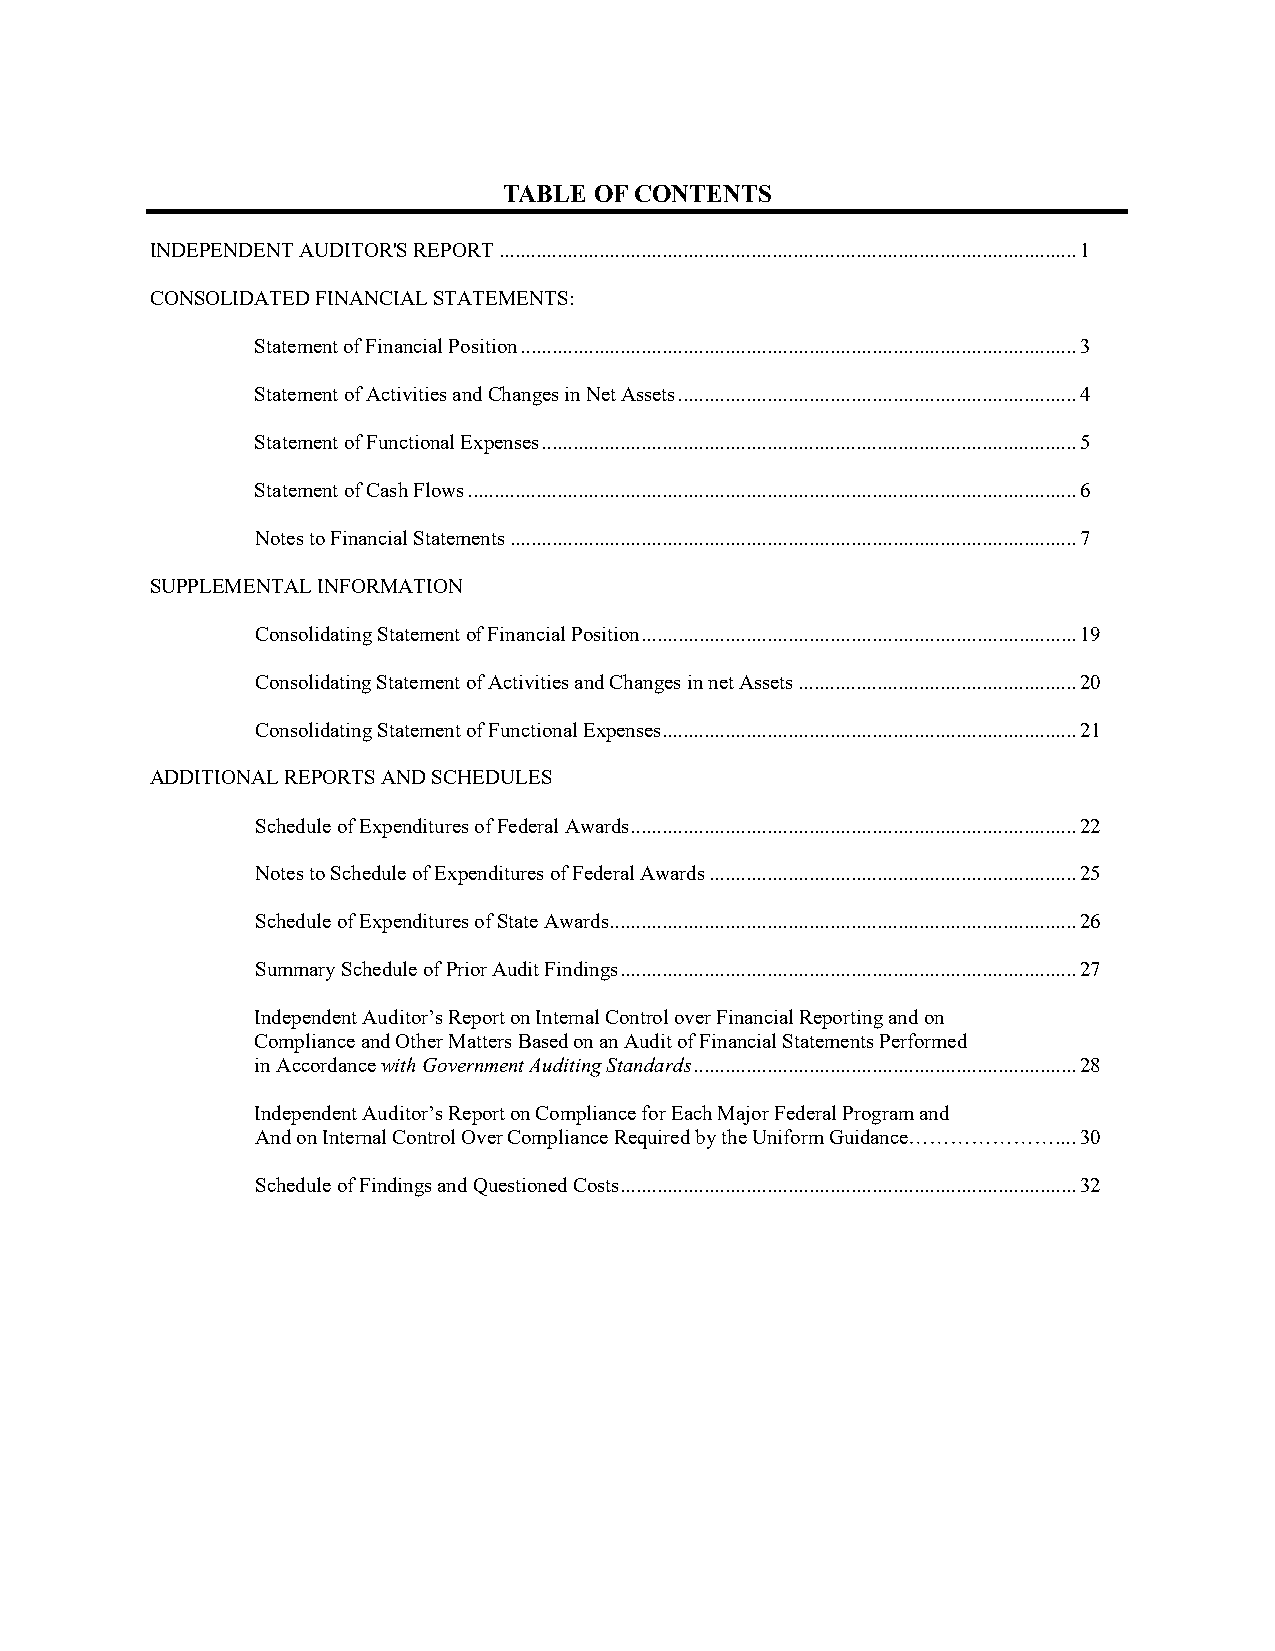
TABLE OF CONTENTS
 INDEPENDENT AUDITOR'S REPORT .............................................................................................................. 1
 CONSOLIDATED FINANCIAL STATEMENTS:
 Statement of Financial Position .......................................................................................................... 3
 Statement of Activities and Changes in Net Assets ............................................................................ 4
 Statement of Functional Expenses ...................................................................................................... 5
 Statement of Cash Flows .................................................................................................................... 6
 Notes to Financial Statements ............................................................................................................ 7
 SUPPLEMENTAL INFORMATION
 Consolidating Statement of Financial Position ................................................................................... 19
 Consolidating Statement of Activities and Changes in net Assets ..................................................... 20
 Consolidating Statement of Functional Expenses ............................................................................... 21
 ADDITIONAL REPORTS AND SCHEDULES
 Schedule of Expenditures of Federal Awards ..................................................................................... 22
 Notes to Schedule of Expenditures of Federal Awards ...................................................................... 25
 Schedule of Expenditures of State Awards ......................................................................................... 26
 Summary Schedule of Prior Audit Findings ....................................................................................... 27
 Independent Auditor’s Report on Internal Control over Financial Reporting and on
 Compliance and Other Matters Based on an Audit of Financial Statements Performed
 in Accordance with Government Auditing Standards ......................................................................... 28
 Independent Auditor’s Report on Compliance for Each Major Federal Program and
 And on Internal Control Over Compliance Required by the Uniform Guidance…………………... . 30
 Schedule of Findings and Questioned Costs ....................................................................................... 32